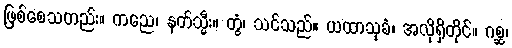
ဖြစ်စေသတည်း။ ကညေ၊ နတ်သ္မီး။ တွံ၊ သင်သည်။ ယထာသုခံ၊ အလိုရှိတိုင်။ ဂစ္ဆ၊